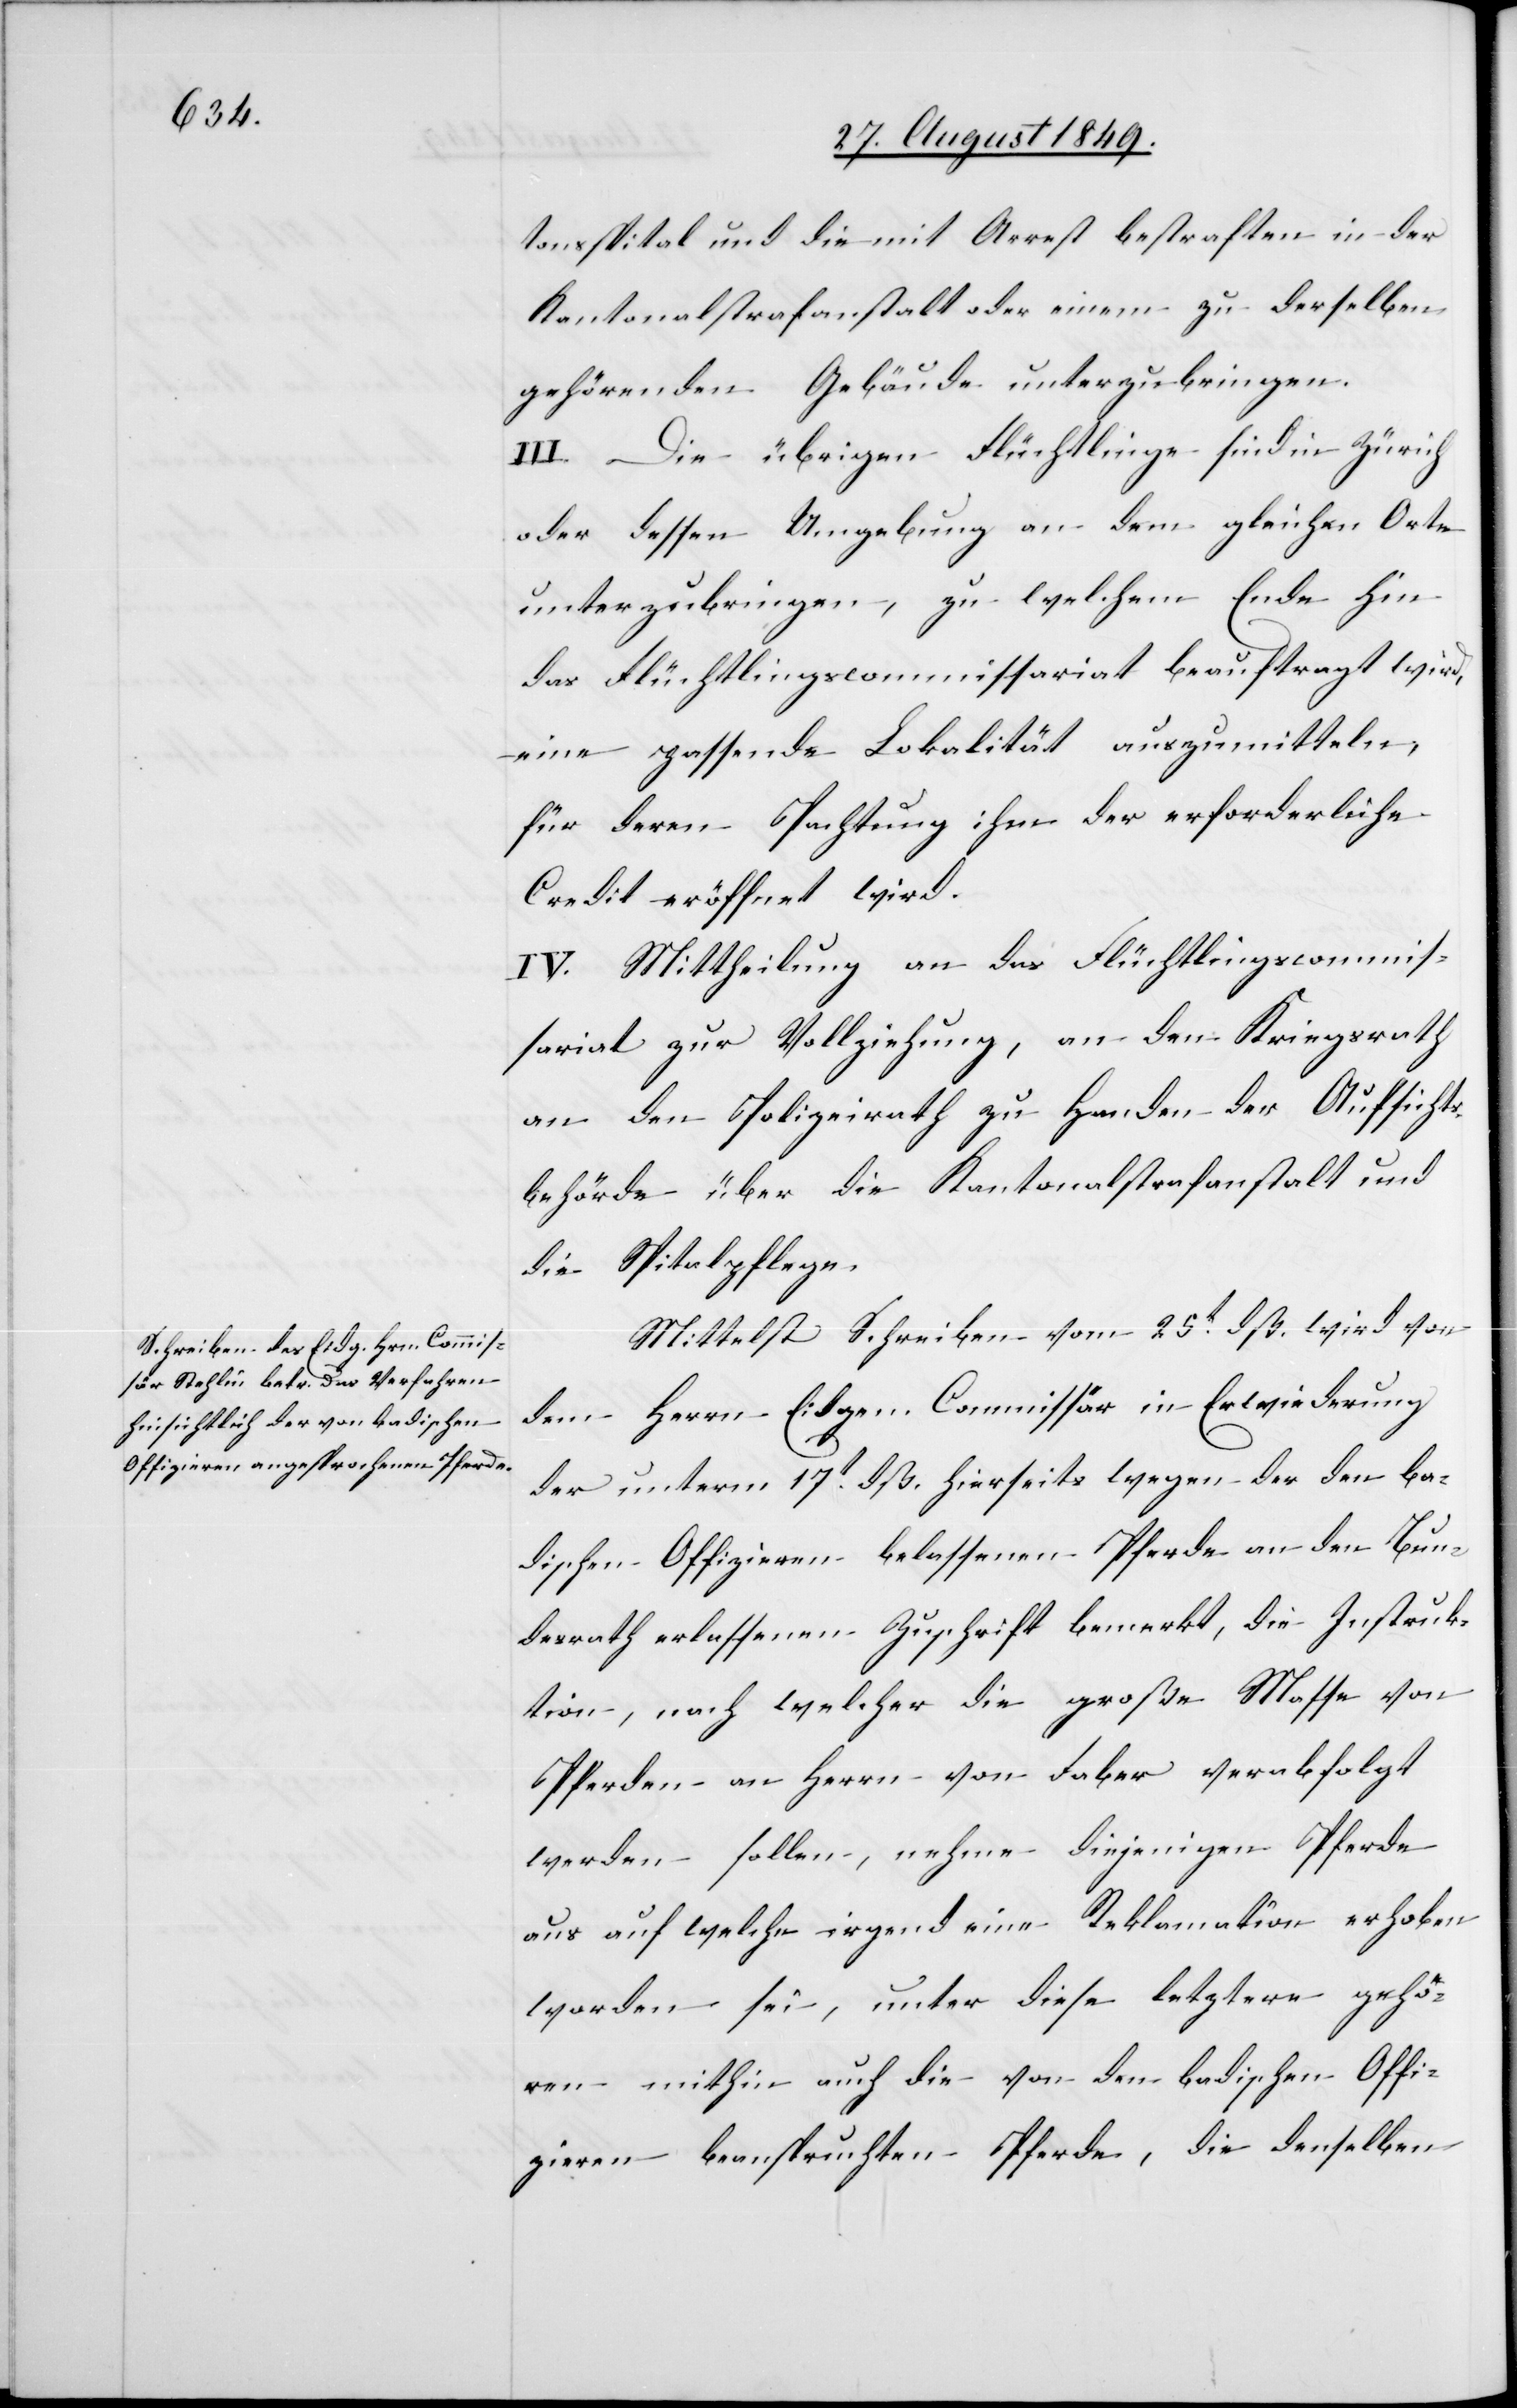
tonsspital und die mit Arrest bestraften in der
Kantonalstrafanstalt oder einem zu derselben
gehörenden Gebäude unterzubringen.
III. Die übrigen Flüchtlinge sind in Zürich
oder dessen Umgebung an dem gleichen Orte
unterzubringen, zu welchem Ende hin
das Flüchtlingscommissariat beauftragt wird,
eine passende Lokalität auszumitteln,
für deren Pachtung ihm der erforderliche
Credit eröffnet wird.
IV. Mittheilung an das Flüchtlingscommis¬
sariat zur Vollziehung, an den Kriegsrath[,]
an den Polizeirath zu Handen der Aufsichts¬
behörde über die Kantonalstrafanstalt und
die Spitalpflege.
Mittelst Schreiben vom 25t dß. wird von
dem Herrn Eidgen. Commissär in Erwiederung
der unterm 17t dß. hierseits wegen der den ba¬
dischen Offizieren belassenen Pferde an den Bun¬
desrath erlassenen Zuschrift bemerkt, die Instruk¬
tion, nach welcher die große Masse von
Pferden an Herrn von Faber verabfolgt
werden sollen, nehme diejenigen Pferde
aus auf welche irgend eine Reklamation erhoben
worden sei, unter diese letztere gehö¬
ren mithin auch die von den badischen Offi¬
zieren beanspruchten Pferde, die denselben